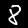
Label: 8